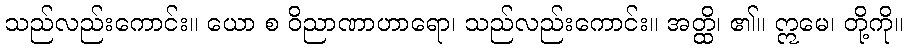
သည်လည်းကောင်း။ ယော စ ဝိညာဏာဟာရော၊ သည်လည်းကောင်း။ အတ္ထိ၊ ၏။ ဣမေ၊ တို့ကို။